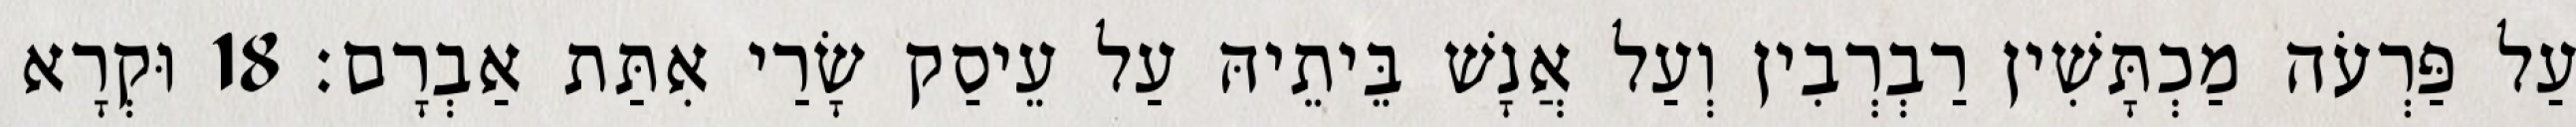
עַל פַּרְעֹה מַכְתָּשִׁין רַבְרְבִין וְעַל אֲנָשׁ בֵּיתֵיהּ עַל עֵיסַק שָׂרַי אִתַּת אַבְרָם׃ 18 וּקְרָא